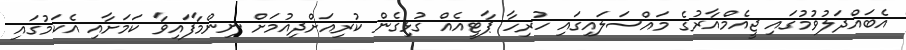
އެބައްދަލުވުމުގައި ޖީއެމްއާރުގެ މައްސަލައިގައި ހުރިހާ ޕާޓީއެއް ގުޅިގެން ކުރިއަށްދިއުމަށް ނިންމާފައިވާ ކަމަށާއި އެކަމުގައި